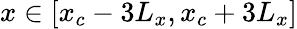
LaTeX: x\in[x_{c}-3L_{x},x_{c}+3L_{x}]